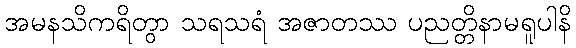
အမနသိကရိတွာ သရသရံ အဇာတဿ ပညတ္တိနာမရူပါနိ